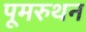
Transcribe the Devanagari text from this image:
पूमरुथन